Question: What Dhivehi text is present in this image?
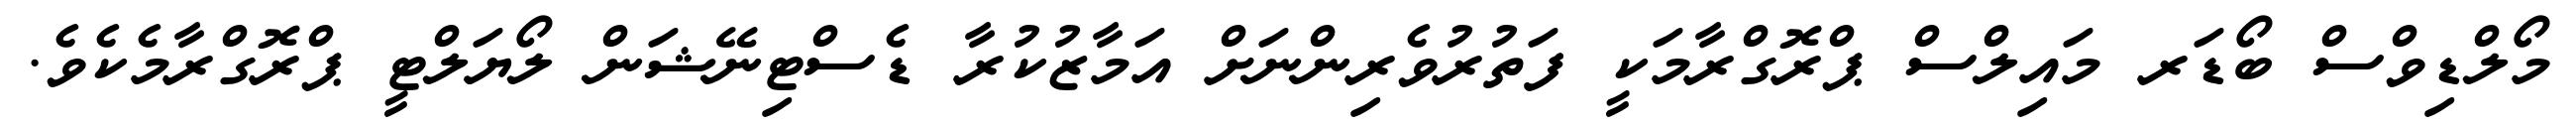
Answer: މޯލްޑިވްސް ބޯޑަރ މައިލްސް ޕްރޮގްރާމަކީ ފަތުރުވެރިންނަށް އަމާޒުކުރާ ޑެސްޓިނޭޝަން ލޯޔަލްޓީ ޕްރޮގްރާމެކެވެ.